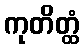
ကုတိတ္ထံ